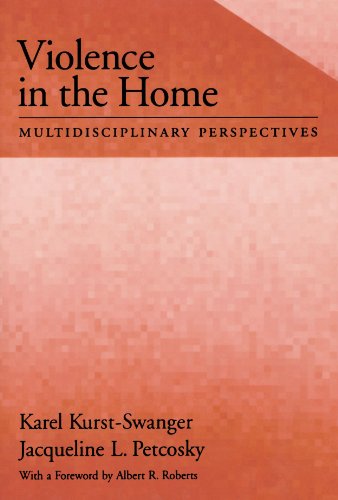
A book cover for Violence in the Home: Multidisciplinary Perspectives (Psychology); Karel Kurst-Swanger; Law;